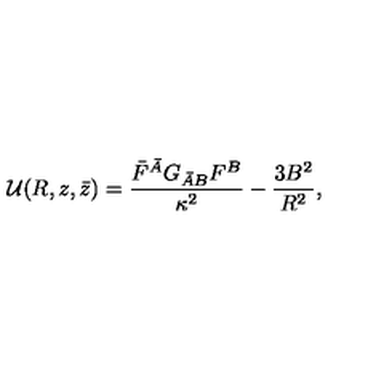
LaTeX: { \cal U } ( R , z , \bar { z } ) = \frac { \bar { F } ^ { \bar { A } } G _ { \bar { A } B } F ^ { B } } { \kappa ^ { 2 } } - \frac { 3 B ^ { 2 } } { R ^ { 2 } } ,